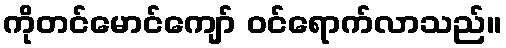
ကိုတင်မောင်ကျော် ဝင်ရောက်လာသည်။